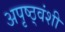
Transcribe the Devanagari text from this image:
अपृष्ठ्वंशी